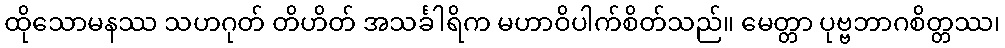
ထိုသောမနဿ သဟဂုတ် တိဟိတ် အသင်္ခါရိက မဟာဝိပါက်စိတ်သည်။ မေတ္တာ ပုဗ္ဗဘာဂစိတ္တဿ၊